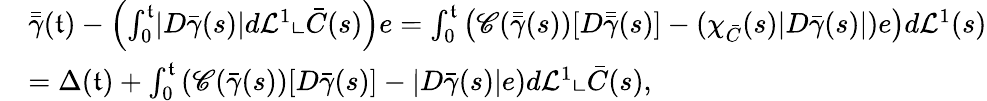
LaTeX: \begin{array}{rl}&{\bar{\bar{\gamma}}(\mathfrak{t})-\left(\int_{0}^{\mathfrak{t}}\lvert D{\bar{\gamma}}(s)\rvert d\mathcal{L}^{1}\llcorner\bar{C}(s)\right)e=\int_{0}^{\mathfrak{t}}\left(\mathscr{C}(\bar{\bar{\gamma}}(s))[D\bar{\bar{\gamma}}(s)]-(\chi_{\bar{C}}(s)\lvert D{\bar{\gamma}}(s)\rvert)e\right)d\mathcal{L}^{1}(s)}\\ &{=\Delta(\mathfrak{t})+\int_{0}^{\mathfrak{t}}\left(\mathscr{C}(\bar{\gamma}(s))[D\bar{\gamma}(s)]-\lvert D\bar{\gamma}(s)\rvert e\right)d\mathcal{L}^{1}\llcorner\bar{C}(s),}\end{array}